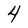
Character: 4